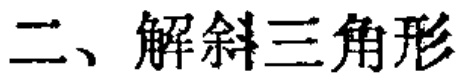
二、解斜三角形